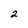
Character: 2